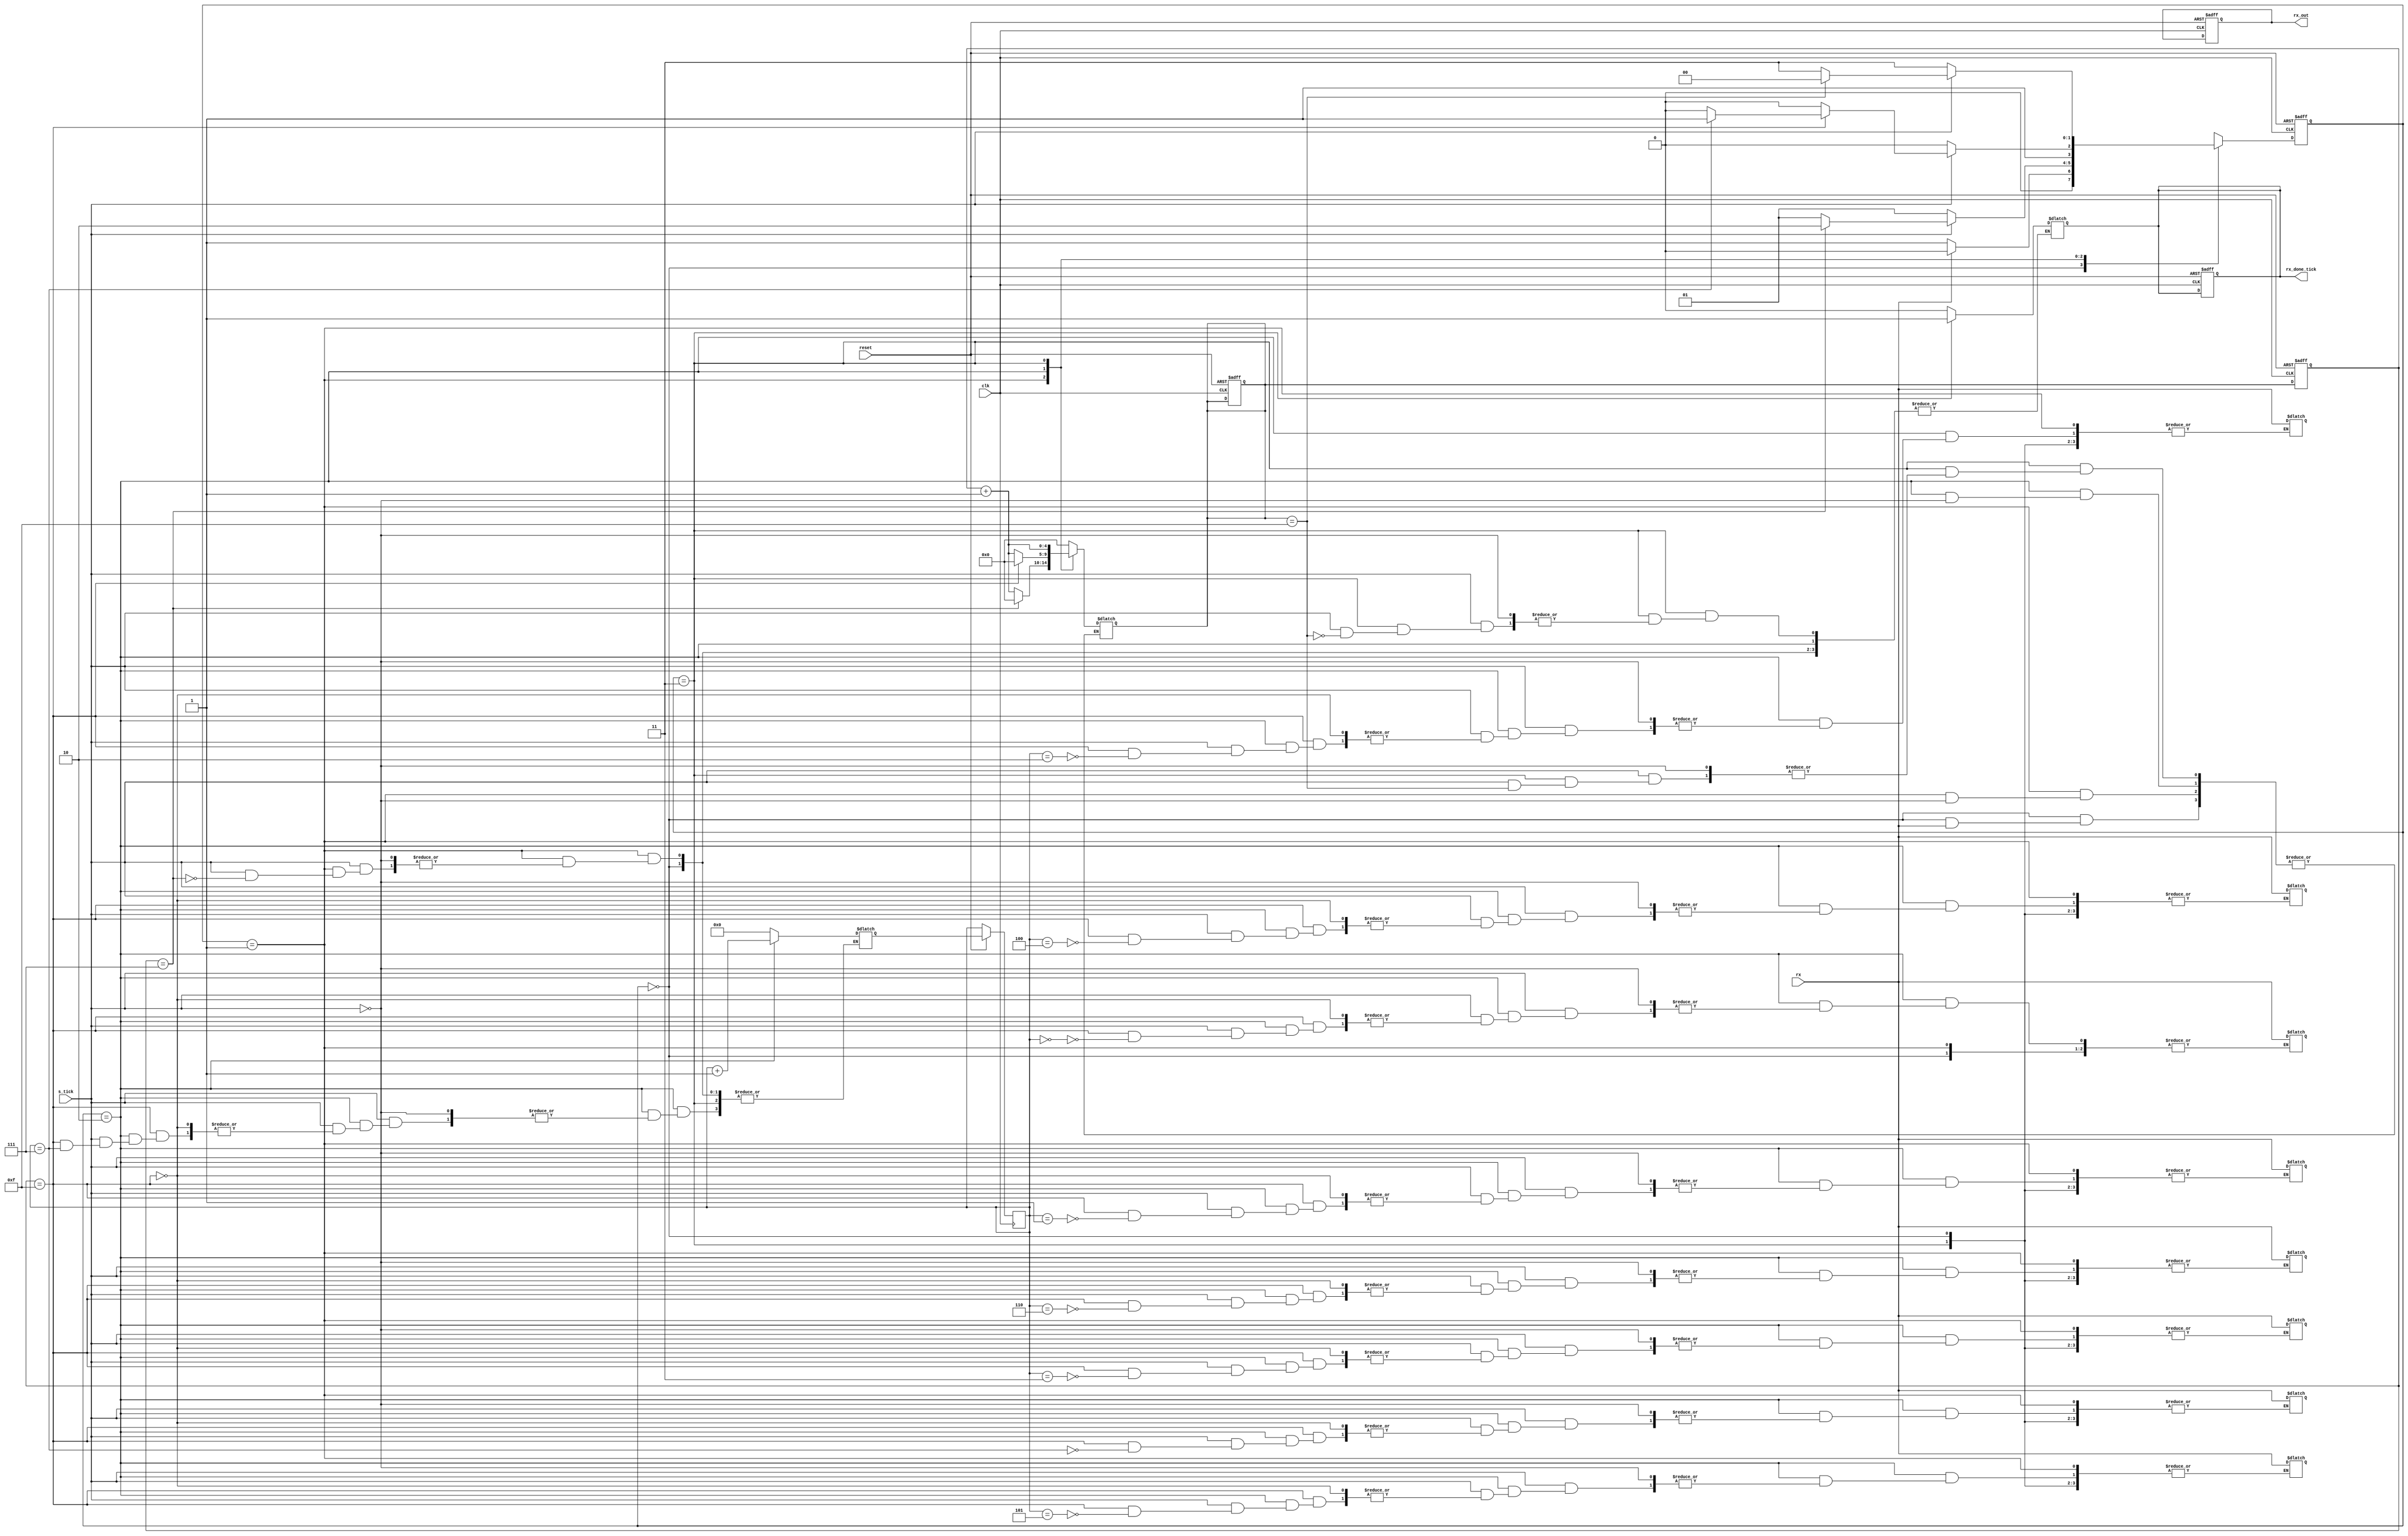
`timescale 1ns / 1ps
//////////////////////////////////////////////////////////////////////////////////
// Company: IITG
// 
// Design Name: Reciver of UART Protocol
// Module Name: Reciever
// Project Name: UART
// Target Devices: 
// Tool Versions: 
// Description: 
// 
// Dependencies: 
// 
// Revision:
// Revision 0.01 - File Created
// Additional Comments:
// 
//////////////////////////////////////////////////////////////////////////////////


module Reciever
    #(parameter DATA_WIDTH=8,TIME=16)
    (
    input rx,s_tick,reset,
    input clk,
    output [DATA_WIDTH-1:0] rx_out,
    output rx_done_tick
    );
    
    localparam s_idle=0,s_start=1,s_data=2,s_stop=3;
    reg [1:0] current_state,next_state;                             // to store the state in ehich the Reciever is present in
    reg [DATA_WIDTH-1:0] data;                                      // ro Store the Data Elements
    reg done;                                                       // to Store the time when the reciever is done getting the data
    reg [$clog2(TIME):0] iterator_current,iterator_next;            // to keeo count of the number of clock ticks
    reg [$clog2(DATA_WIDTH):0] bits_current,bits_next;              // to keep count of the number of bits that are recieved
    
    always @(posedge clk,negedge reset)
    begin
        if(~reset)
        begin
            data <= 0;
            done <= 0;
            iterator_current <=0;
            iterator_next <= 0;
            current_state <= s_idle;
        end
        else
        begin
            current_state <=next_state;
            iterator_current<=iterator_next;
            bits_current<=bits_next;
        end
    end
    
    always @(*)
    begin
        case(current_state)
            s_idle:
            begin
                if(rx==0)
                begin
                    next_state = s_start;
                    iterator_next = 0;
                end
                else
                begin
                    next_state = s_idle;
                end
            end
            s_start:
            begin
                if(s_tick==1)
                begin
                    if(iterator_current==(TIME/2)-1)
                    begin
                        done = 0;
                        iterator_next = 0;
                        bits_next = 0;
                        next_state = s_data;
                    end
                    else
                    begin
                        iterator_next = iterator_current + 1;
                        next_state = s_start;
                    end
                end
                else
                begin
                    next_state = s_start;
                end
            end
            s_data:
            begin
                if(s_tick==1)
                begin
                    if(iterator_current == TIME-1)
                    begin
                        iterator_next =0;
                        data[bits_current] = rx;
                        if(bits_current==DATA_WIDTH-1)
                        begin
                            next_state = s_stop;
                        end
                        else
                        begin
                            bits_next = bits_current + 1;
                            next_state = s_data;
                        end
                    end
                    else
                    begin
                        iterator_next = iterator_current + 1;
                        next_state = s_data;
                    end
                end
                else
                begin
                    next_state= s_data;
                end
            end 
            s_stop:
            begin
                if(s_tick==1)
                begin
                    if(iterator_next == TIME-1)
                    begin
                        done = 1;
                        next_state = s_idle;
                    end
                    else
                    begin
                        iterator_next = iterator_current + 1;
                        next_state = s_stop;
                        
                    end
                end
                else
                begin
                    next_state = s_stop;
                end
            end   
        endcase
    end
    
    assign rx_done_tick = done;
    assign rx_out = data;
    
endmodule